Leaving Certificate Examination, 1923
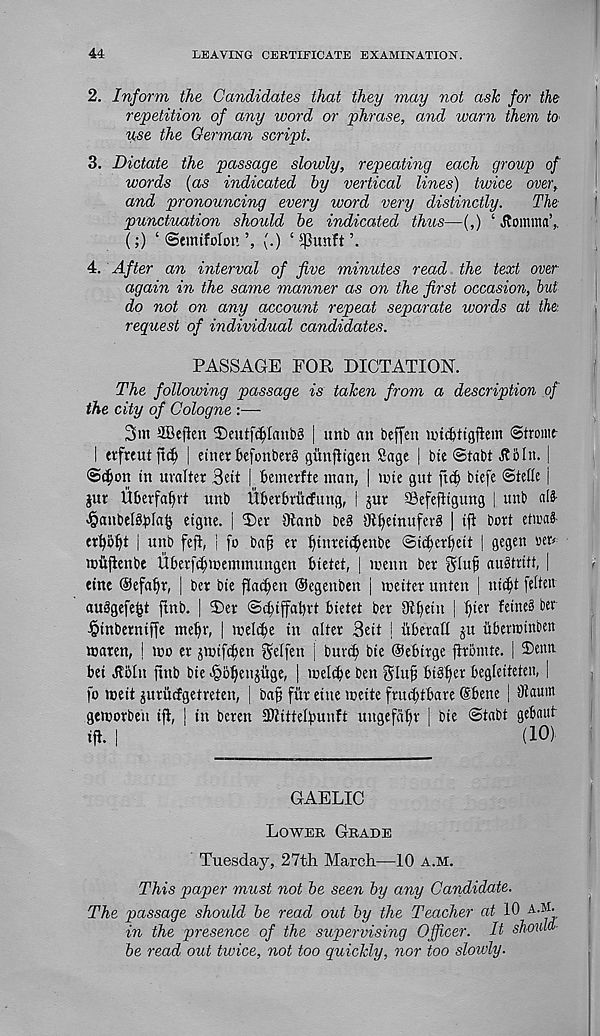
44
LEAVING CERTIFICATE EXAMINATION.
2. Inform the Candidates that they may not ask for the
repetition of any word or phrase, and warn them to
use the German script.
3. Dictate the passage slowly, repeating each group of
words (as indicated hy vertical lines) twice over,
and pronouncing every word very distinctly.
The
punctuation should he indicated thus—(,) ‘ jtomma’,.
(;) ‘ ©tmtfolon (.) ‘ $unft
4. After an interval of five minutes read the text over
again in the same manner as on the first occasion, hut
do not on any account repeat separate words at the
request of individual candidates.
PASSAGE FOR DICTATION.
The following passage is taken from a description of
the city of Cologne :—
3m aBefkn 2)eutf$Iaub3 | unb an beffcu tmdjttgfhm Strong
I trfrtutft^ | einer kfonberg giinfltgen Sage | bte ©tabt Jib In. |
©c^on in uvalter Beit | fcemerfte man, | line gut
btefe ©tette |
jur UIievfat)vt unb Ubetbriirfung, i jut SSefefitgung | unb alS-
«§anbel^Ia§ eigne. | T)ev 9lanb beg Ol^einuferg | iji bott etmaS-
et^b^t | unb feft, i fo ba§ er ^intei^enbe ©i^erijeit | gegen
milfienbe Uberf^memmungen bietet, | menu ber gluf aubtrift, |
fine Oefabr, | bet bie flaxen Oegeuben | meitet unten | ni^t felteu
aubgefe^t ftnb. | T)et ©cbijfabvt bietet bet Olfjein j b»ier feineb bet
■ §inbetniffe mebr, | mel(be in alter Beit | iibetatl $u uberwinoen
maten, ! mo er jmifeben gelfen j buvib bie ©ebirge firbmte. | 25« m
bei Jtbln finb bie Jgb^enjitge, | melibe ben
bibber begleiteten, |
fo wit juriicfgetreten, | ba^ fiir eiue meite fruebtbare Sbene | 8laum
getoorbeu iff, j in beren SWittelbunft mtgefalfr | bie ©tabt gebaut
iff. |
(10)
GAELIC
Lower Grade
Tuesday, 27th March—10 a.m.
This paper must not he seen hy any Candidate.
The passage should he read out by the Teacher at At
in the presence of the supervising Officer. It should
he read out twice, not too quickly, nor too slowly.